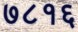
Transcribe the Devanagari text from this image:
७८१६